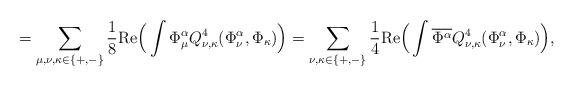
LaTeX: \begin{align*}= \sum_{\mu, \nu, \kappa\in\{+,-\}} \frac{1}{8} \textup{Re} \Big(\int \Phi_{\mu}^{\alpha} Q^4_{\nu, \kappa}(\Phi_{\nu}^{\alpha}, \Phi_{\kappa})\Big)= \sum_{ \nu, \kappa\in\{+,-\}} \frac{1}{4} \textup{Re} \Big(\int \overline{\Phi^{\alpha}} Q^4_{\nu, \kappa}(\Phi_{\nu}^{\alpha}, \Phi_{\kappa})\Big),\end{align*}